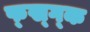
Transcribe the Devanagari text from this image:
फ्ख्ग्क